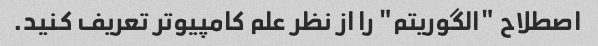
اصطلاح "الگوریتم" را از نظر علم کامپیوتر تعریف کنید.